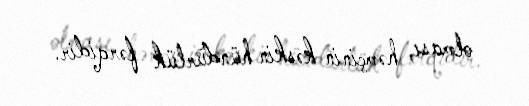
olması, həmçinin kəskin hündürlük fərqidir.